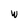
Character: w